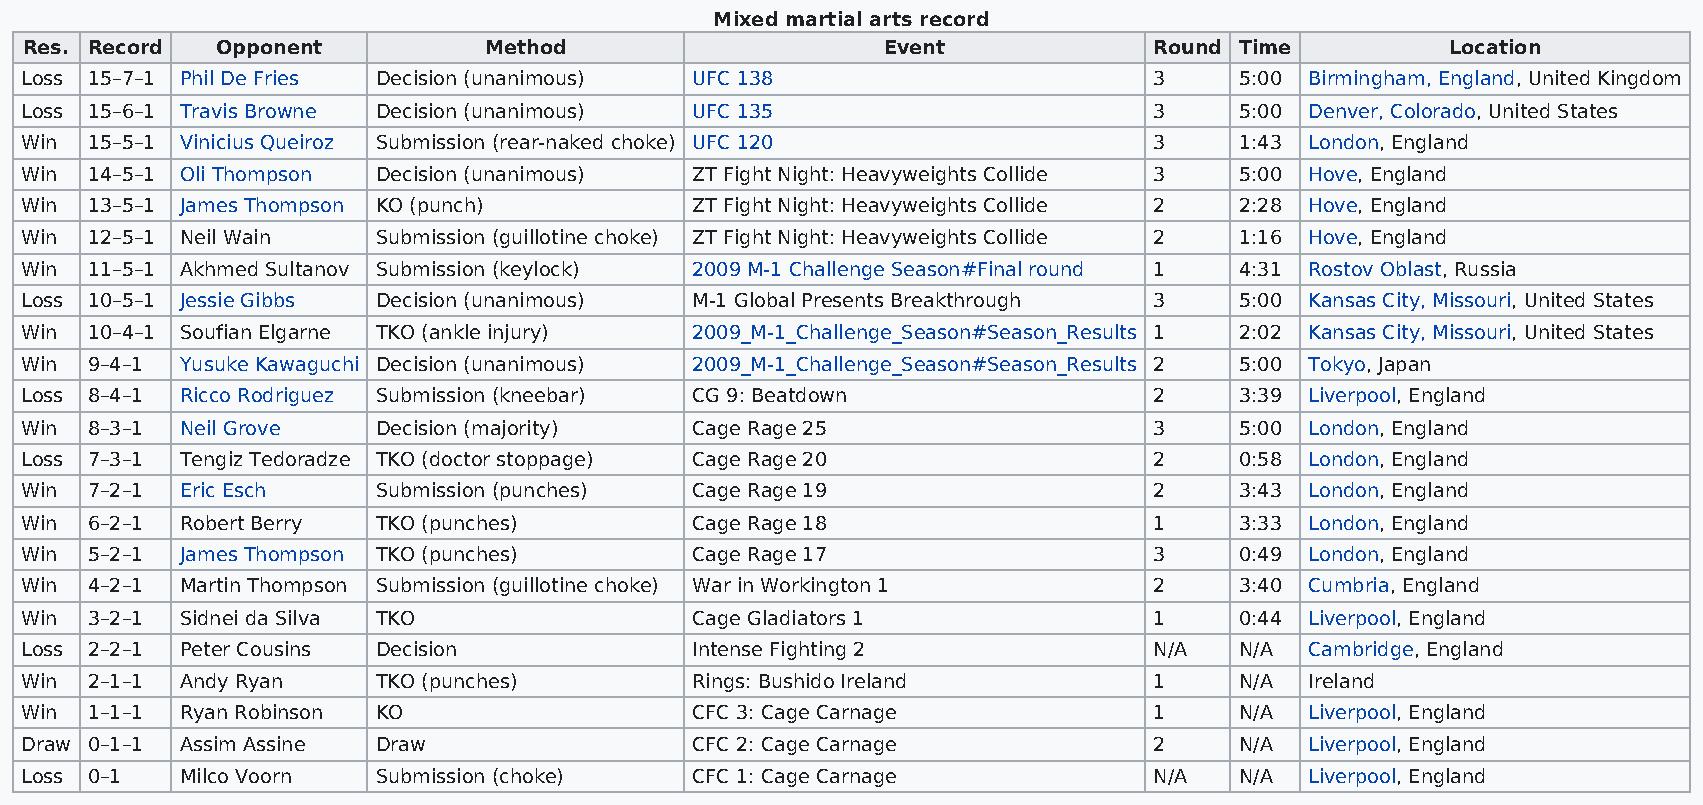
Mixed martial arts record
 Res. Record  Opponent          Method                    Event             Round Time          Location
 Loss 15–7–1 Phil De Fries Decision (unanimous) UFC 138                     3     5:00 Birmingham, England, United Kingdom
 Loss 15–6–1 Travis Browne Decision (unanimous) UFC 135                     3     5:00 Denver, Colorado, United States
 Win  15–5–1 Vinicius Queiroz Submission (rear-naked choke) UFC 120         3     1:43 London, England
 Win  14–5–1 Oli Thompson Decision (unanimous) ZT Fight Night: Heavyweights Collide 3 5:00 Hove, England
 Win  13–5–1 James Thompson KO (punch)        ZT Fight Night: Heavyweights Collide 2 2:28 Hove, England
 Win  12–5–1 Neil Wain   Submission (guillotine choke) ZT Fight Night: Heavyweights Collide 2 1:16 Hove, England
 Win  11–5–1 Akhmed Sultanov Submission (keylock) 2009 M-1 Challenge Season#Final round 1 4:31 Rostov Oblast, Russia
 Loss 10–5–1 Jessie Gibbs Decision (unanimous) M-1 Global Presents Breakthrough 3 5:00 Kansas City, Missouri, United States
 Win  10–4–1 Soufian Elgarne TKO (ankle injury) 2009_M-1_Challenge_Season#Season_Results 1 2:02 Kansas City, Missouri, United States
 Win  9–4–1 Yusuke Kawaguchi Decision (unanimous) 2009_M-1_Challenge_Season#Season_Results 2 5:00 Tokyo, Japan
 Loss 8–4–1 Ricco Rodriguez Submission (kneebar) CG 9: Beatdown             2     3:39 Liverpool, England
 Win  8–3–1 Neil Grove   Decision (majority)  Cage Rage 25                  3     5:00 London, England
 Loss 7–3–1 Tengiz Tedoradze TKO (doctor stoppage) Cage Rage 20             2     0:58 London, England
 Win  7–2–1 Eric Esch    Submission (punches) Cage Rage 19                  2     3:43 London, England
 Win  6–2–1 Robert Berry TKO (punches)        Cage Rage 18                  1     3:33 London, England
 Win  5–2–1 James Thompson TKO (punches)      Cage Rage 17                  3     0:49 London, England
 Win  4–2–1 Martin Thompson Submission (guillotine choke) War in Workington 1 2   3:40 Cumbria, England
 Win  3–2–1 Sidnei da Silva TKO               Cage Gladiators 1             1     0:44 Liverpool, England
 Loss 2–2–1 Peter Cousins Decision            Intense Fighting 2            N/A   N/A  Cambridge, England
 Win  2–1–1 Andy Ryan    TKO (punches)        Rings: Bushido Ireland        1     N/A  Ireland
 Win  1–1–1 Ryan Robinson KO                  CFC 3: Cage Carnage           1     N/A  Liverpool, England
 Draw 0–1–1 Assim Assine Draw                 CFC 2: Cage Carnage           2     N/A  Liverpool, England
 Loss 0–1   Milco Voorn  Submission (choke)   CFC 1: Cage Carnage           N/A   N/A  Liverpool, England